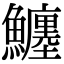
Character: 𩼼